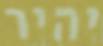
יהיר